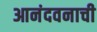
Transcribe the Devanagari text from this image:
आनंदवनाची